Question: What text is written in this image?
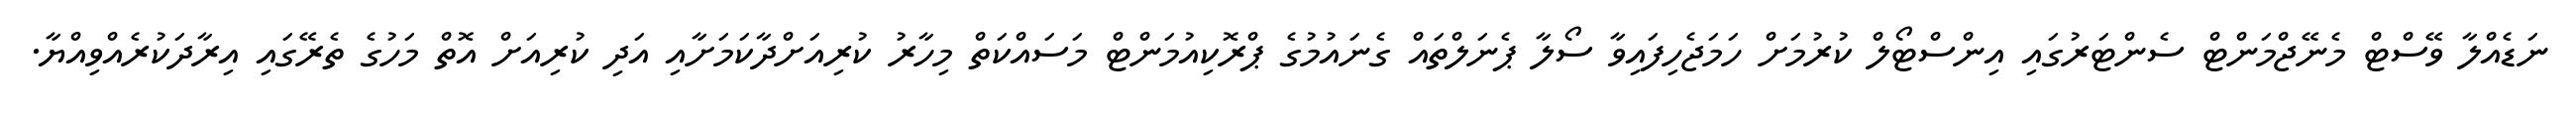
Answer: ނަޑެއްލާ ވޭސްޓް މެނޭޖްމަންޓް ސެންޓަރުގައި އިންސްޓޯލް ކުރުމަށް ހަމަޖެހިފައިވާ ސޯލާ ޕެނަލްތައް ގެނައުމުގެ ޕްރޮކިއުމަންޓް މަސައްކަތް މިހާރު ކުރިއަށްދާކަމަށާއި އަދި ކުރިއަށް އޮތް މަހުގެ ތެރޭގައި އިރާދަކުރެއްވިއްޔާ.